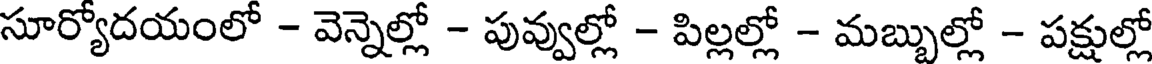
సూర్యోదయంలో - వెన్నెల్లో - పువ్వుల్లో - పిల్లల్లో - మబ్బుల్లో - పక్షుల్లో